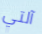
آلتي